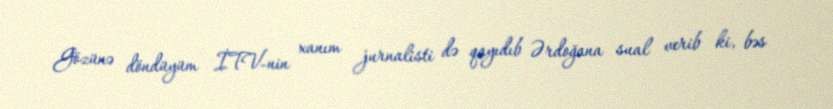
Gözünə döndüyüm İTV-nin xanım jurnalisti də qayıdıb Ərdoğana sual verib ki, bəs